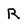
Character: R